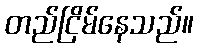
တည်ငြိမ်နေသည်။